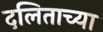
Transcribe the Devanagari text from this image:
दलिताच्या